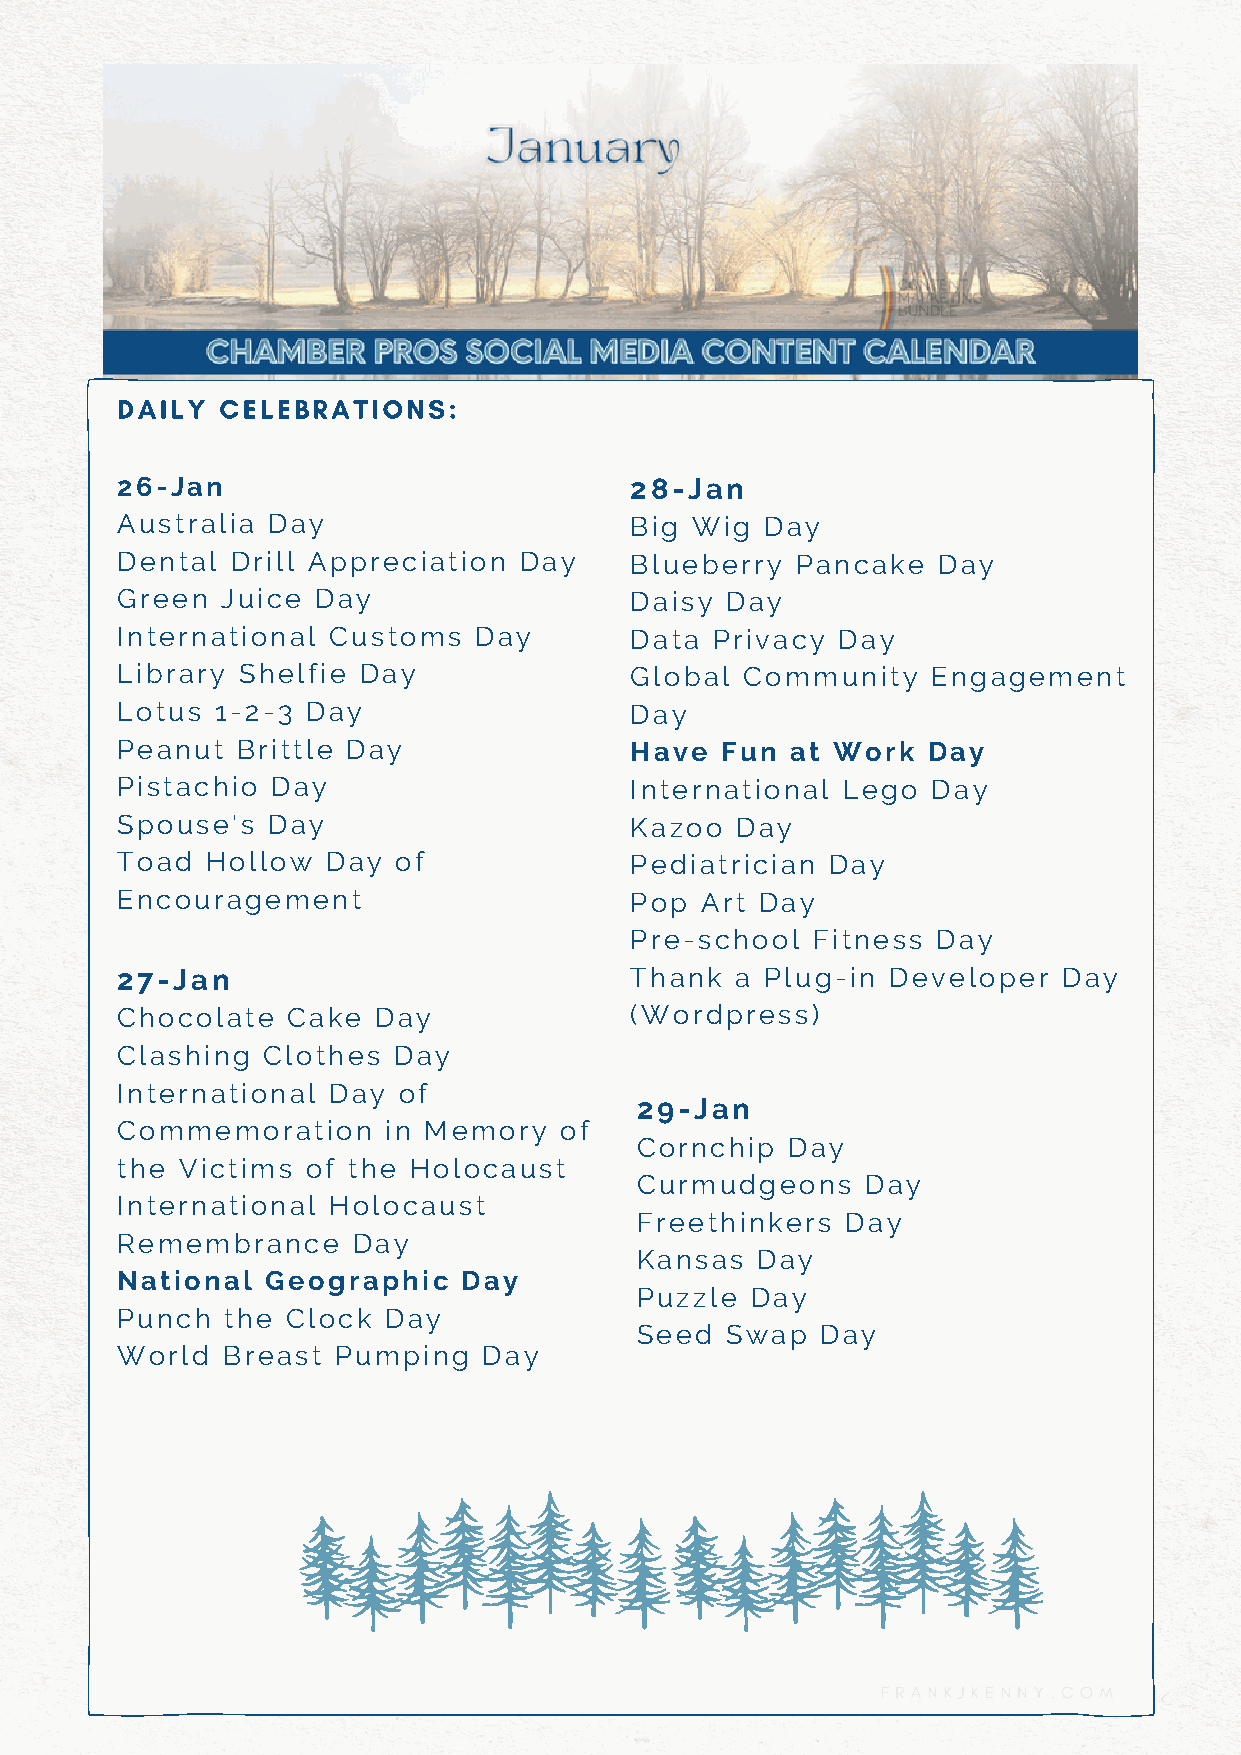
DAILY  CELEBRATIONS:
 26-Jan                            28-Jan
 Australia Day                     Big Wig  Day
 Dental Drill Appreciation Day     Blueberry  Pancake  Day
 Green  Juice Day                  Daisy Day
 International Customs  Day        Data Privacy Day
 Library Shelfie Day               Global Community    Engagement
 Lotus 1-2-3 Day                   Day
 Peanut  Brittle Day               Have  Fun at Work  Day
 Pistachio Day                     International Lego  Day
 Spouse's  Day                     Kazoo  Day
 Toad  Hollow  Day of              Pediatrician Day
 Encouragement                     Pop Art Day
 Pre-school  Fitness Day
 27-Jan                            Thank  a Plug-in Developer  Day
 Chocolate  Cake  Day              (Wordpress)
 Clashing Clothes  Day
 International Day of
 29-Jan
 Commemoration    in Memory   of
 Cornchip  Day
 the Victims of the Holocaust
 Curmudgeons    Day
 International Holocaust
 Freethinkers  Day
 Remembrance    Day
 Kansas  Day
 National  Geographic   Day
 Puzzle  Day
 Punch  the Clock Day
 Seed  Swap  Day
 World  Breast Pumping   Day
 FRANKJKENNY.COM